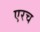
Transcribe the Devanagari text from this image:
एरच